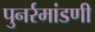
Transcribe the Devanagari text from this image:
पुनर्रमांडणी